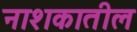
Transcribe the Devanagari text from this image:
नाशकातील